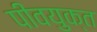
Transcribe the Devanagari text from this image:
पीवयुक्त